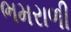
ભમરાળી